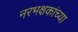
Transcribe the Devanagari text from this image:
नरभक्षकांच्या